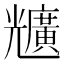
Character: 兤